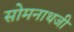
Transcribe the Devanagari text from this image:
सोमनाथजी